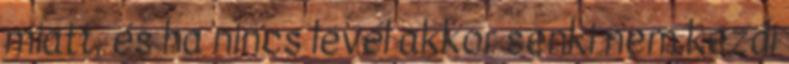
miatt, és ha nincs levél akkor senki nem kezdi